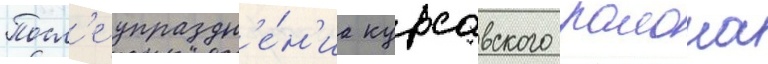
Посл'е упраздн'е́н'иа курсавского раиона